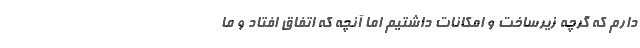
دارم که گرچه زیرساخت و امکانات داشتیم اما آنچه که اتفاق افتاد و ما